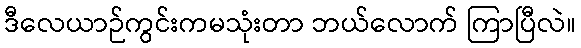
ဒီလေယာဉ်ကွင်းကမသုံးတာ ဘယ်လောက် ကြာပြီလဲ။